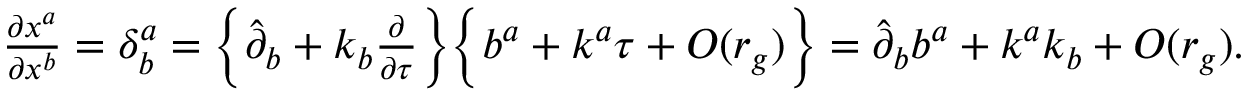
\begin{array} { r } { \frac { \partial x ^ { a } } { \partial x ^ { b } } = \delta _ { b } ^ { a } = \Big \{ { \hat { \partial } } _ { b } + k _ { b } \frac { \partial } { \partial \tau } \Big \} \Big \{ b ^ { a } + k ^ { a } \tau + { \cal O } ( r _ { g } ) \Big \} = \hat { \partial } _ { b } b ^ { a } + k ^ { a } k _ { b } + { \cal O } ( r _ { g } ) . } \end{array}